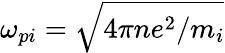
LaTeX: \omega_{pi}=\sqrt{4\pi ne^{2}/m_{i}}